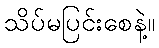
သိပ်မပြင်းစေနဲ့။